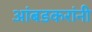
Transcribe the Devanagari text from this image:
आंबडकरांनी